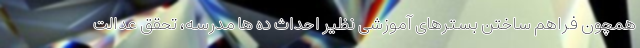
همچون فراهم ساختن بسترهای آموزشی نظیر احداث ده ها مدرسه، تحقق عدالت